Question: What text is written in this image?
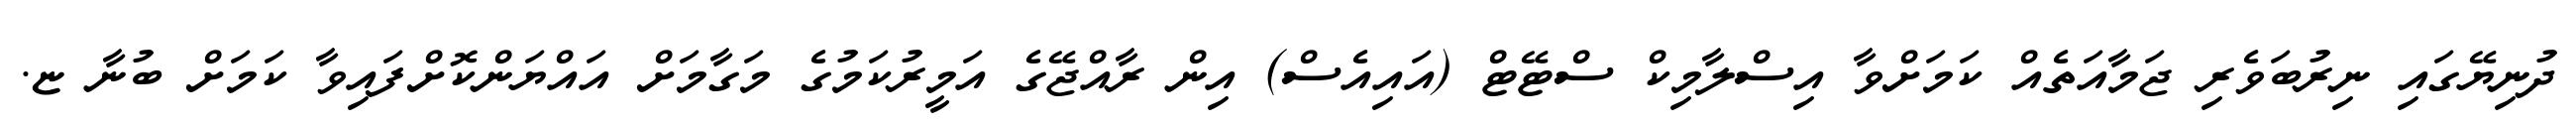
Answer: ދުނިޔޭގައި ނިރުބަވެރި ޖަމާއަތެއް ކަމަށްވާ އިސްލާމިކް ސްޓޭޓް (އައިއެސް) އިން ރާއްޖޭގެ އަމީރުކަމުގެ މަގާމަށް އައްޔަންކޮށްފައިވާ ކަމަށް ބުނާ ޏ.